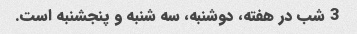
3 شب در هفته، دوشنبه، سه شنبه و پنجشنبه است.